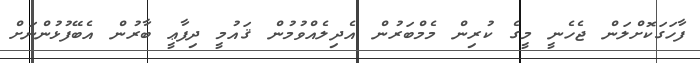
ފާހަގަކޮށްލަން ޖެހެނީ މީގެ ކުރިން މެމްބަރުން އެދިލެއްވުމުން ޤައުމީ ދިފާޢީ ބާރުން އެބޭފުޅުންނަށް